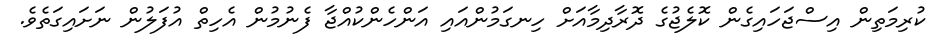
ކުރިމަތިން އިސްޖަހައިގެން ކޮލެޖުގެ ދޮރާދިމާއަަށް ހިނގަމުންއައި އަންހެންކުއްޖާ ފެނުމުން އެހިތް އުފަލުން ނަށައިގަތެވެ.